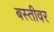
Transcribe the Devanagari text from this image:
बस्तीवर